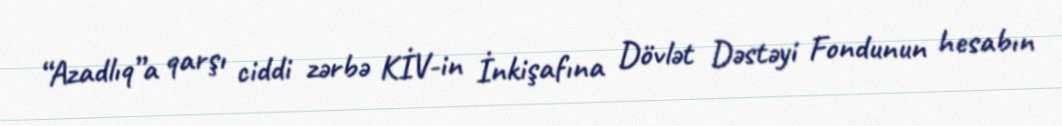
“Azadlıq”a qarşı ciddi zərbə KİV-in İnkişafına Dövlət Dəstəyi Fondunun hesabın